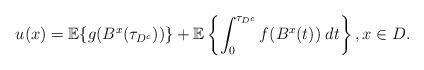
LaTeX: \begin{align*} u(x)=\mathbb{E}\{g(B^x(\tau_{D^c}))\}+\mathbb{E}\left\{\int_0^{\tau_{D^c}}f(B^x(t))\;dt\right\}, x\in D. \end{align*}